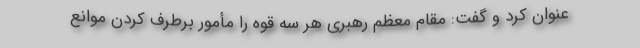
عنوان کرد و گفت: مقام معظم رهبری هر سه قوه را مأمور برطرف کردن موانع